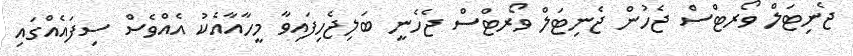
ޖެނިޓަލް ވޯރޓްސް ޖެހުން ޖެނިޓަލް ވޯރޓްސް ޖެހެނީ ބަލިޖެހިފައިވާ މީހާއާއެކު އެއްވެސް ސިފައެއްގައި